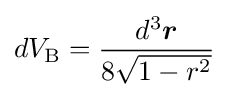
dV_{\text{B}}={\frac {d^{3}{\boldsymbol {r}}}{8{\sqrt {1-r^{2}}}}}